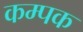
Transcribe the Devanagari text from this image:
कम्पक